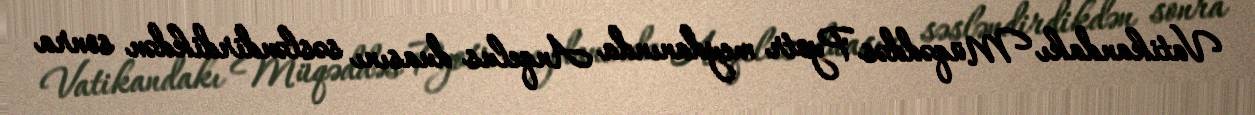
Vatikandakı Müqəddəs Pyotr meydanında Anqelus duasını səsləndirdikdən sonra